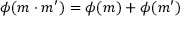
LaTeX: \phi ( m \cdot m ^ { \prime } ) = \phi ( m ) + \phi ( m ^ { \prime } )